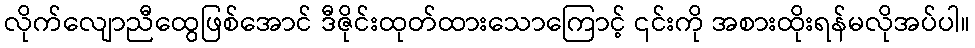
လိုက်လျောညီထွေဖြစ်အောင် ဒီဇိုင်းထုတ်ထားသောကြောင့် ၎င်းကို အစားထိုးရန်မလိုအပ်ပါ။